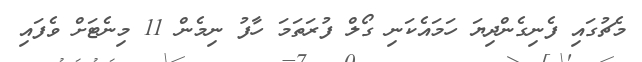
މެޗުގައި ފެނިގެންދިޔަ ހަމައެކަނި ގޯލް ފުރަތަމަ ހާފު ނިމެން 11 މިނެޓަށް ވެފައި